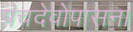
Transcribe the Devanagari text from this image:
पंचदेवोपासना